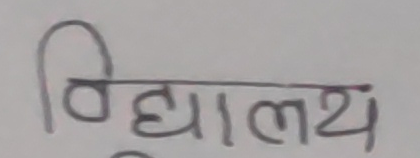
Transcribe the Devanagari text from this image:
विद्यालय